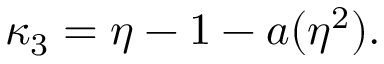
\kappa _ { 3 } = \eta - 1 - a ( \eta ^ { 2 } ) .